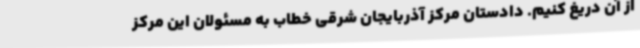
از آن دریغ کنیم. دادستان مرکز آذربایجان شرقی خطاب به مسئولان این مرکز